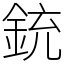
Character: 銃